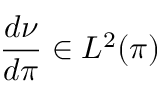
\frac { d \nu } { d \pi } \in L ^ { 2 } ( \pi )